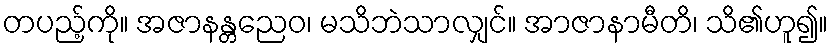
တပည့်ကို။ အဇာနန္တညေဝ၊ မသိဘဲသာလျှင်။ အာဇာနာမီတိ၊ သိ၏ဟူ၍။